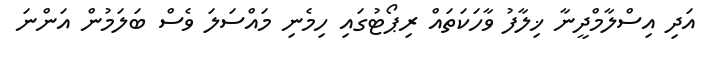
އަަދި އިސްލާމްދީނާ ޚިލާފު ވާހަކަތައް ރިޕޯޓުގައި ހިމެނި މައްސަލަ ވެސް ބަލަމުން އަންނަ